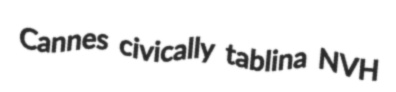
Cannes civically tablina NVH